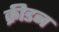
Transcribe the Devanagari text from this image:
क्रीडन